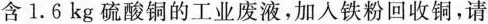
含1.6kg硫酸铜的工业废液，加入铁粉回收铜，请